Annual report on the working of the lock hospitals in the North-Western Provinces and Oudh
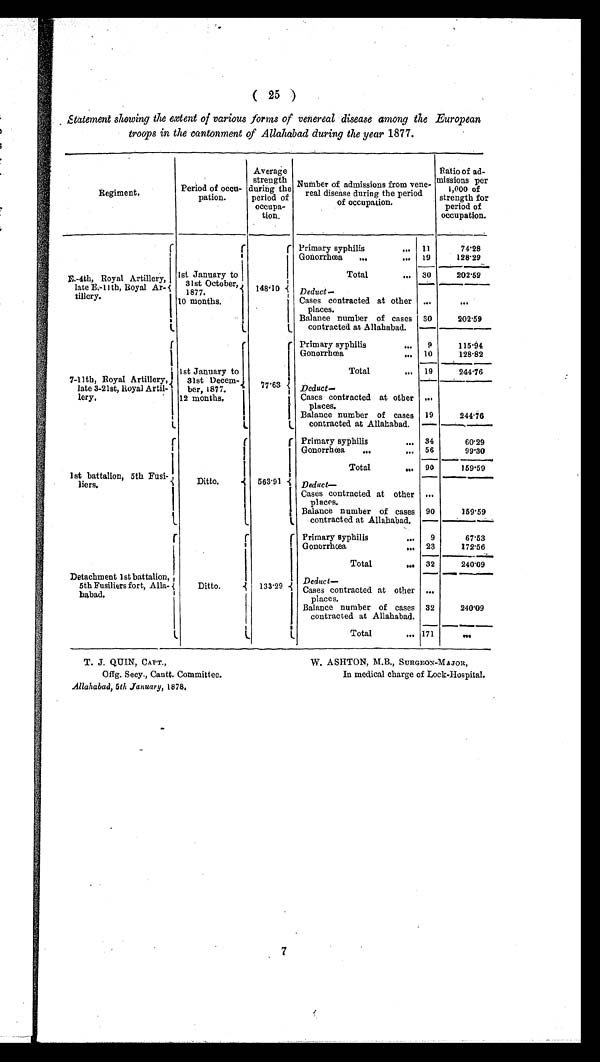
T. J. QUIN, CAPT.,
Offg. Secy., Cantt. Committee.
Allahabad, 5 th January, 1878.
W. ASHTON, M.B., SURGEON-MAJOR,
In medical charge of Lock-Hospital.
( 25 )
statement showing the extent of various forms of venereal disease among the European
troops in the cantonment of Allahäbad during the year 1877.
Re g i me n t .
Period of occu-
pation.
Average
strength
during the
period of
occupa-
tion.
Number of admissions from vene-
real disease during the period
of occupation.
Ratio ad
-missions per
1,000
of
strength for
period of
occupation.
E. -4th, Royal Ar
tillery
late
E.-11th,. Royal Artillery.
1st January to
31st October,
1877.
10 months.
148·10
Primary syphilis
... 11
74·28
Gonorrhœa
...
... 19
128·29
Total ...
30
202·59
Deduct—
...
Cases contracted at other places.
Balance number of cases
contracted at Allahabad.
30
202·59
7-11th, Royal Artillery,
late 3-21st, Royal Artil
l e r y .
1st January to
31st Decem-
ber, 1877.
12 months.
7 7 · 6 3
Primary syphilis
...
9
115· 94
Gonorrhœa
... 10
128·82
Total
... 19
244·76
Deduct—
. . .
Cases contracted at other
places.
Balance number of cases
contracted at Allahabad.
1 9
244·76
1st battalion, 5th Fusi-
liers.
Ditto.
563·91
Primary syphilis
... 34
60·29
Gonorrhœa
...
... 56
99·30
Total
.
.. 90
159·59
Deduct—
. . .
Cases contracted at other
places.
Balance number of cases
contracted at Allahabad.
90
159·59
Detachment 1st battalion,
5th Fusiliers fort, Alla-
ha ba d.
Ditto.
133·29
Primary syphilis
... 9
67·53
Gonorrhœa
... 23
172·56
Total
... 32
240· 09
Deduct—
...
Cases contracted at other
places.
Balance number of cases
contracted at Allahabad.
32
240· 09
Total
... 171
...